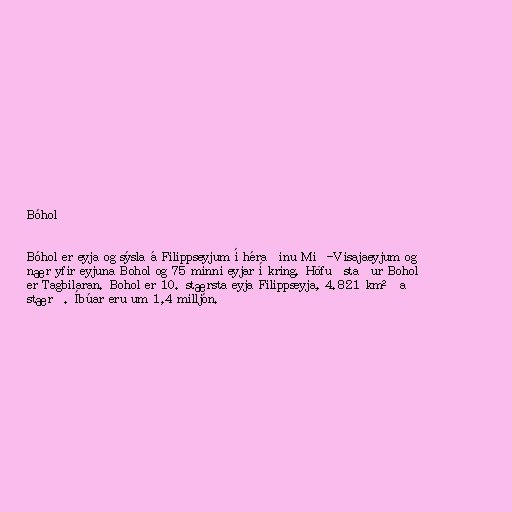
Bóhol

Bóhol er eyja og sýsla á Filippseyjum í héraðinu Mið-Visajaeyjum og
nær yfir eyjuna Bohol og 75 minni eyjar í kring. Höfuðstaður Bohol
er Tagbilaran. Bohol er 10. stærsta eyja Filippseyja, 4.821 km² að
stærð. Íbúar eru um 1,4 milljón.